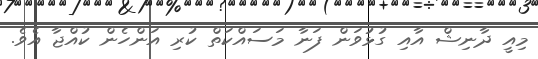
މިއީ ދާނިޝް އާއި ގުޅުވަން ފަނާ މަސައްކަތް ކުރި އަންހެން ކުއްޖާ އެވެ.